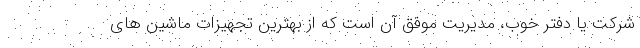
شركت یا دفتر خوب، مديريت موفق آن است كه از بهترين تجهيزات ماشین های